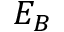
E _ { B }